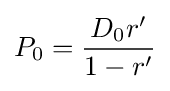
P_{0}={\frac {D_{0}r'}{1-r'}}